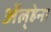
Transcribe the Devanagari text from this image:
अॅल्हेना